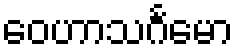
ဝေဟာသင်္ဂမော